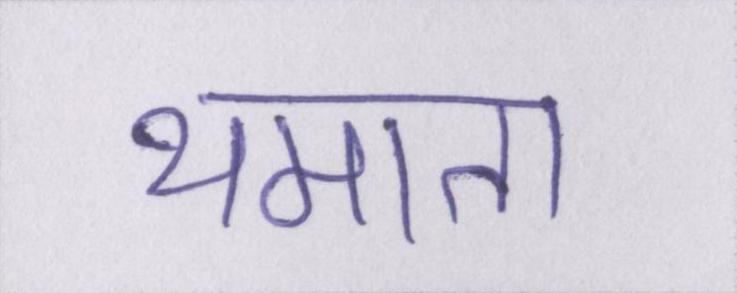
थमाता